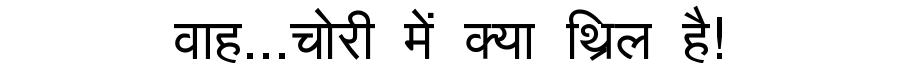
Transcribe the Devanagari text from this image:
वाह...चोरी में क्या थ्रिल है!